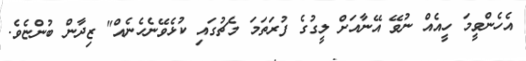
އެހެންވީމަ ހީއެއް ނުވޭ އޭނާއަށް ލީގުގެ ފުރަތަމަ މެޗުގައި ކުޅެވޭނެހެނެއް" ޒިދާން ބުންޏެވެ.